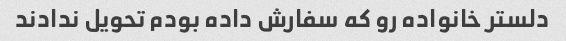
دلستر خانواده رو که سفارش داده بودم تحویل ندادند